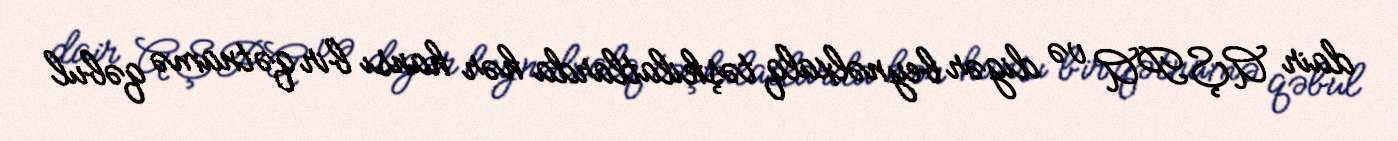
dair AŞPA və digər beynəlxalq təşkilatlarda hər hansı bir qətnamə qəbul